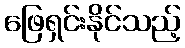
ဖြေရှင်းနိုင်သည့်